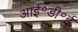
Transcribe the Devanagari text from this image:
आई॰डी॰ई